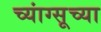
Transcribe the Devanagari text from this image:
च्यांग्सूच्या